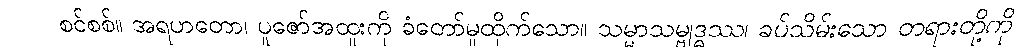
စင်စစ်။ အရဟတော၊ ပူဇော်အထူးကို ခံတော်မူထိုက်သော။ သမ္မာသမ္ဗုဒ္ဓဿ၊ ခပ်သိမ်းသော တရားတို့ကို